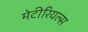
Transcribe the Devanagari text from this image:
मेटीरियल्स